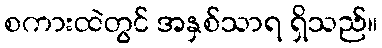
စကားထဲတွင် အနှစ်သာရ ရှိသည်။